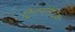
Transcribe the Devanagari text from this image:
ट्रिगनॉमेट्रिक